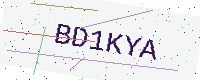
Text: BD1KYA